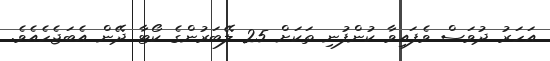
އަހަރު ދުވަސް ވެފައިވާ ކުންފުނި ތަކަށް 25 ލޭބަރުންގެ ކޯޓާ ދޭން އެބަޖެހެެއެވެ.